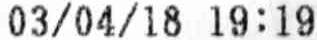
03/04/18 19:19